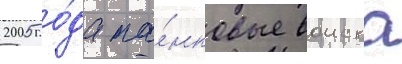
2005 го́да та́нковые воиска